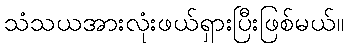
သံသယအားလုံးဖယ်ရှားပြီးဖြစ်မယ်။